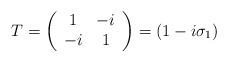
LaTeX: \begin{align*}T=\left(\begin{array}{cc}1 & -i \\-i & 1\end{array}\right) =(1-i\sigma _1)\end{align*}